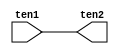
module ten (ten1,ten2);
input   ten1;
output  wire ten2;

assign ten2=ten1;


endmodule